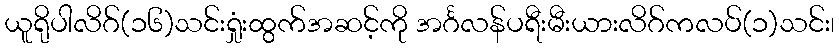
ယူရိုပါလိဂ်(၁၆)သင်းရှုံးထွက်အဆင့်ကို အင်္ဂလန်ပရီးမီးယားလိဂ်ကလပ်(၁)သင်း၊